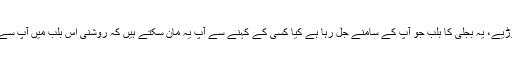
دور کی مثال کو چھوڑیے، یہ بجلی کا بلب جو آپ کے سامنے جل رہا ہے کیا کسی کے کہنے سے آپ یہ مان سکتے ہیں کہ روشنی اس بلب میں آپ سے آپ پیدا ہوجاتی ہے؟